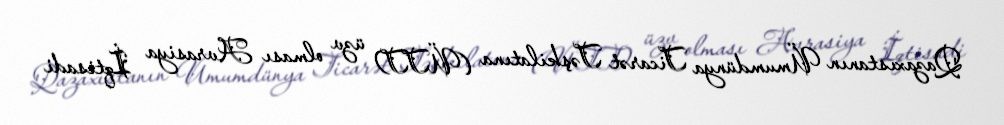
Qazaxıstanın Ümumdünya Ticarət Təşkilatına (ÜTT) üzv olması Avrasiya İqtisadi